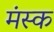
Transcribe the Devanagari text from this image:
मंस्क